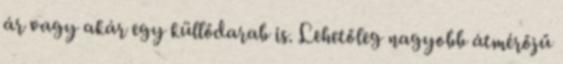
ár vagy akár egy küllődarab is. Lehetőleg nagyobb átmérőjű